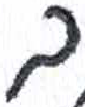
אות: ב